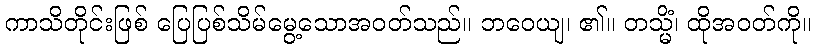
ကာသိတိုင်းဖြစ် ပြေပြစ်သိမ်မွေ့သောအဝတ်သည်။ ဘဝေယျ၊ ၏။ တသ္မိံ၊ ထိုအဝတ်ကို။